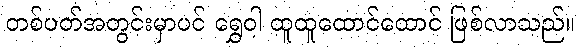
တစ်ပတ်အတွင်းမှာပင် ရွှေဝါ ထူထူထောင်ထောင် ဖြစ်လာသည်။